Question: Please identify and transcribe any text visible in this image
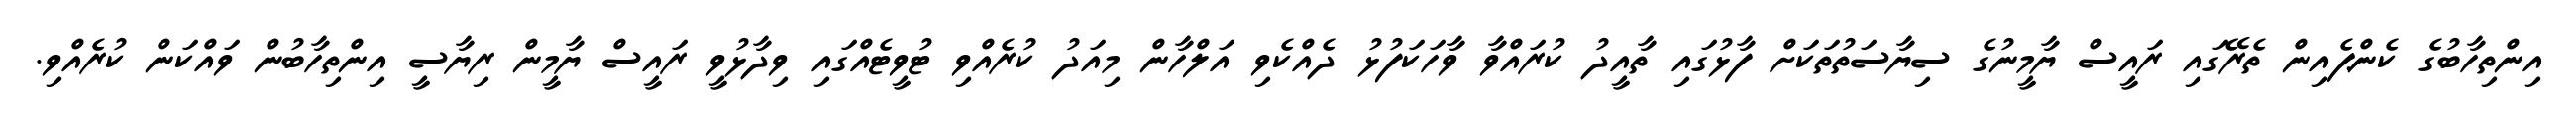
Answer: އިންތިހާބުގެ ކެންޕެއިން ތެރޭގައި ރައީސް ޔާމީނުގެ ސިޔާސަތުތަކަށް ފާޅުގައި ތާއީދު ކުރައްވާ ވާހަކަފުޅު ދެއްކެވި އަލްހާން މިއަދު ކުރެއްވި ޓުވީޓެއްގައި ވިދާޅުވީ ރައީސް ޔާމީން ރިޔާސީ އިންތިހާބުން ވައްކަން ކުރެއްވި.